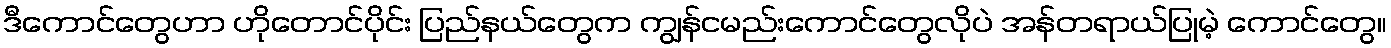
ဒီကောင်တွေဟာ ဟိုတောင်ပိုင်း ပြည်နယ်တွေက ကျွန်ငမည်းကောင်တွေလိုပဲ အန်တရာယ်ပြုမဲ့ ကောင်တွေ။